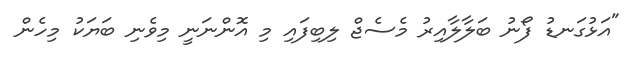
"އަޅުގަނޑު ފޯނު ބަލާލާއިރު މެސެޖް ލިބިފައި މި އޮންނަނީ މިވެނި ބަޔަކު މިހެން